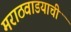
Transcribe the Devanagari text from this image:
मराठवाडयाची